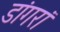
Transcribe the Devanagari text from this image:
डांगरां